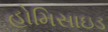
હોમિસાઇડ